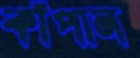
কাঁপান